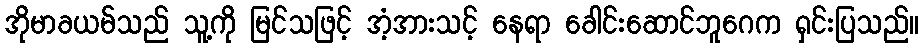
အိုမာခယမ်သည် သူ့ကို မြင်သဖြင့် အံ့အားသင့် နေရာ ခေါင်းဆောင်ဘူဂေက ရှင်းပြသည်။